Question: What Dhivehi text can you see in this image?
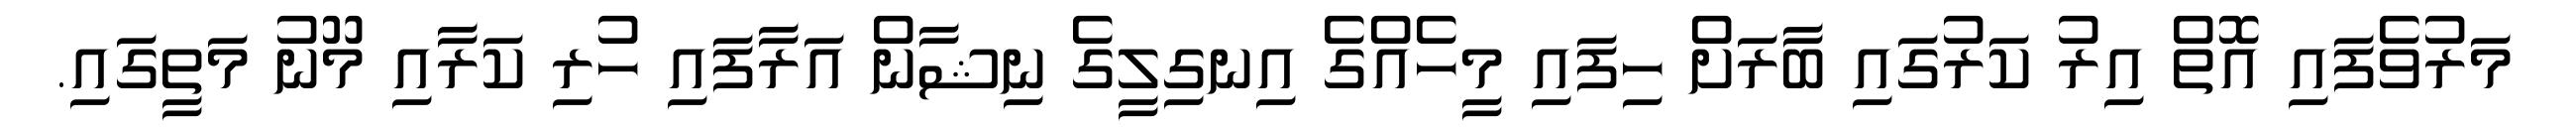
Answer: މަރުވެފައި އޮތް އިރު ކަރުގައި ބާރަށް ހިފައި މީހެއްގެ އިނގިލީގެ ނިޝާން އަރާފައި ހުރި ކަރާއި މޫނު މަތީގައި.